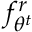
f _ { \theta ^ { t } } ^ { r }